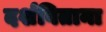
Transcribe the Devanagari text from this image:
दर्शविताना